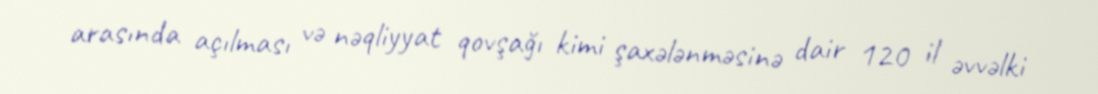
arasında açılması və nəqliyyat qovşağı kimi şaxələnməsinə dair 120 il əvvəlki